Rongu_vallavalitsus, lk 8
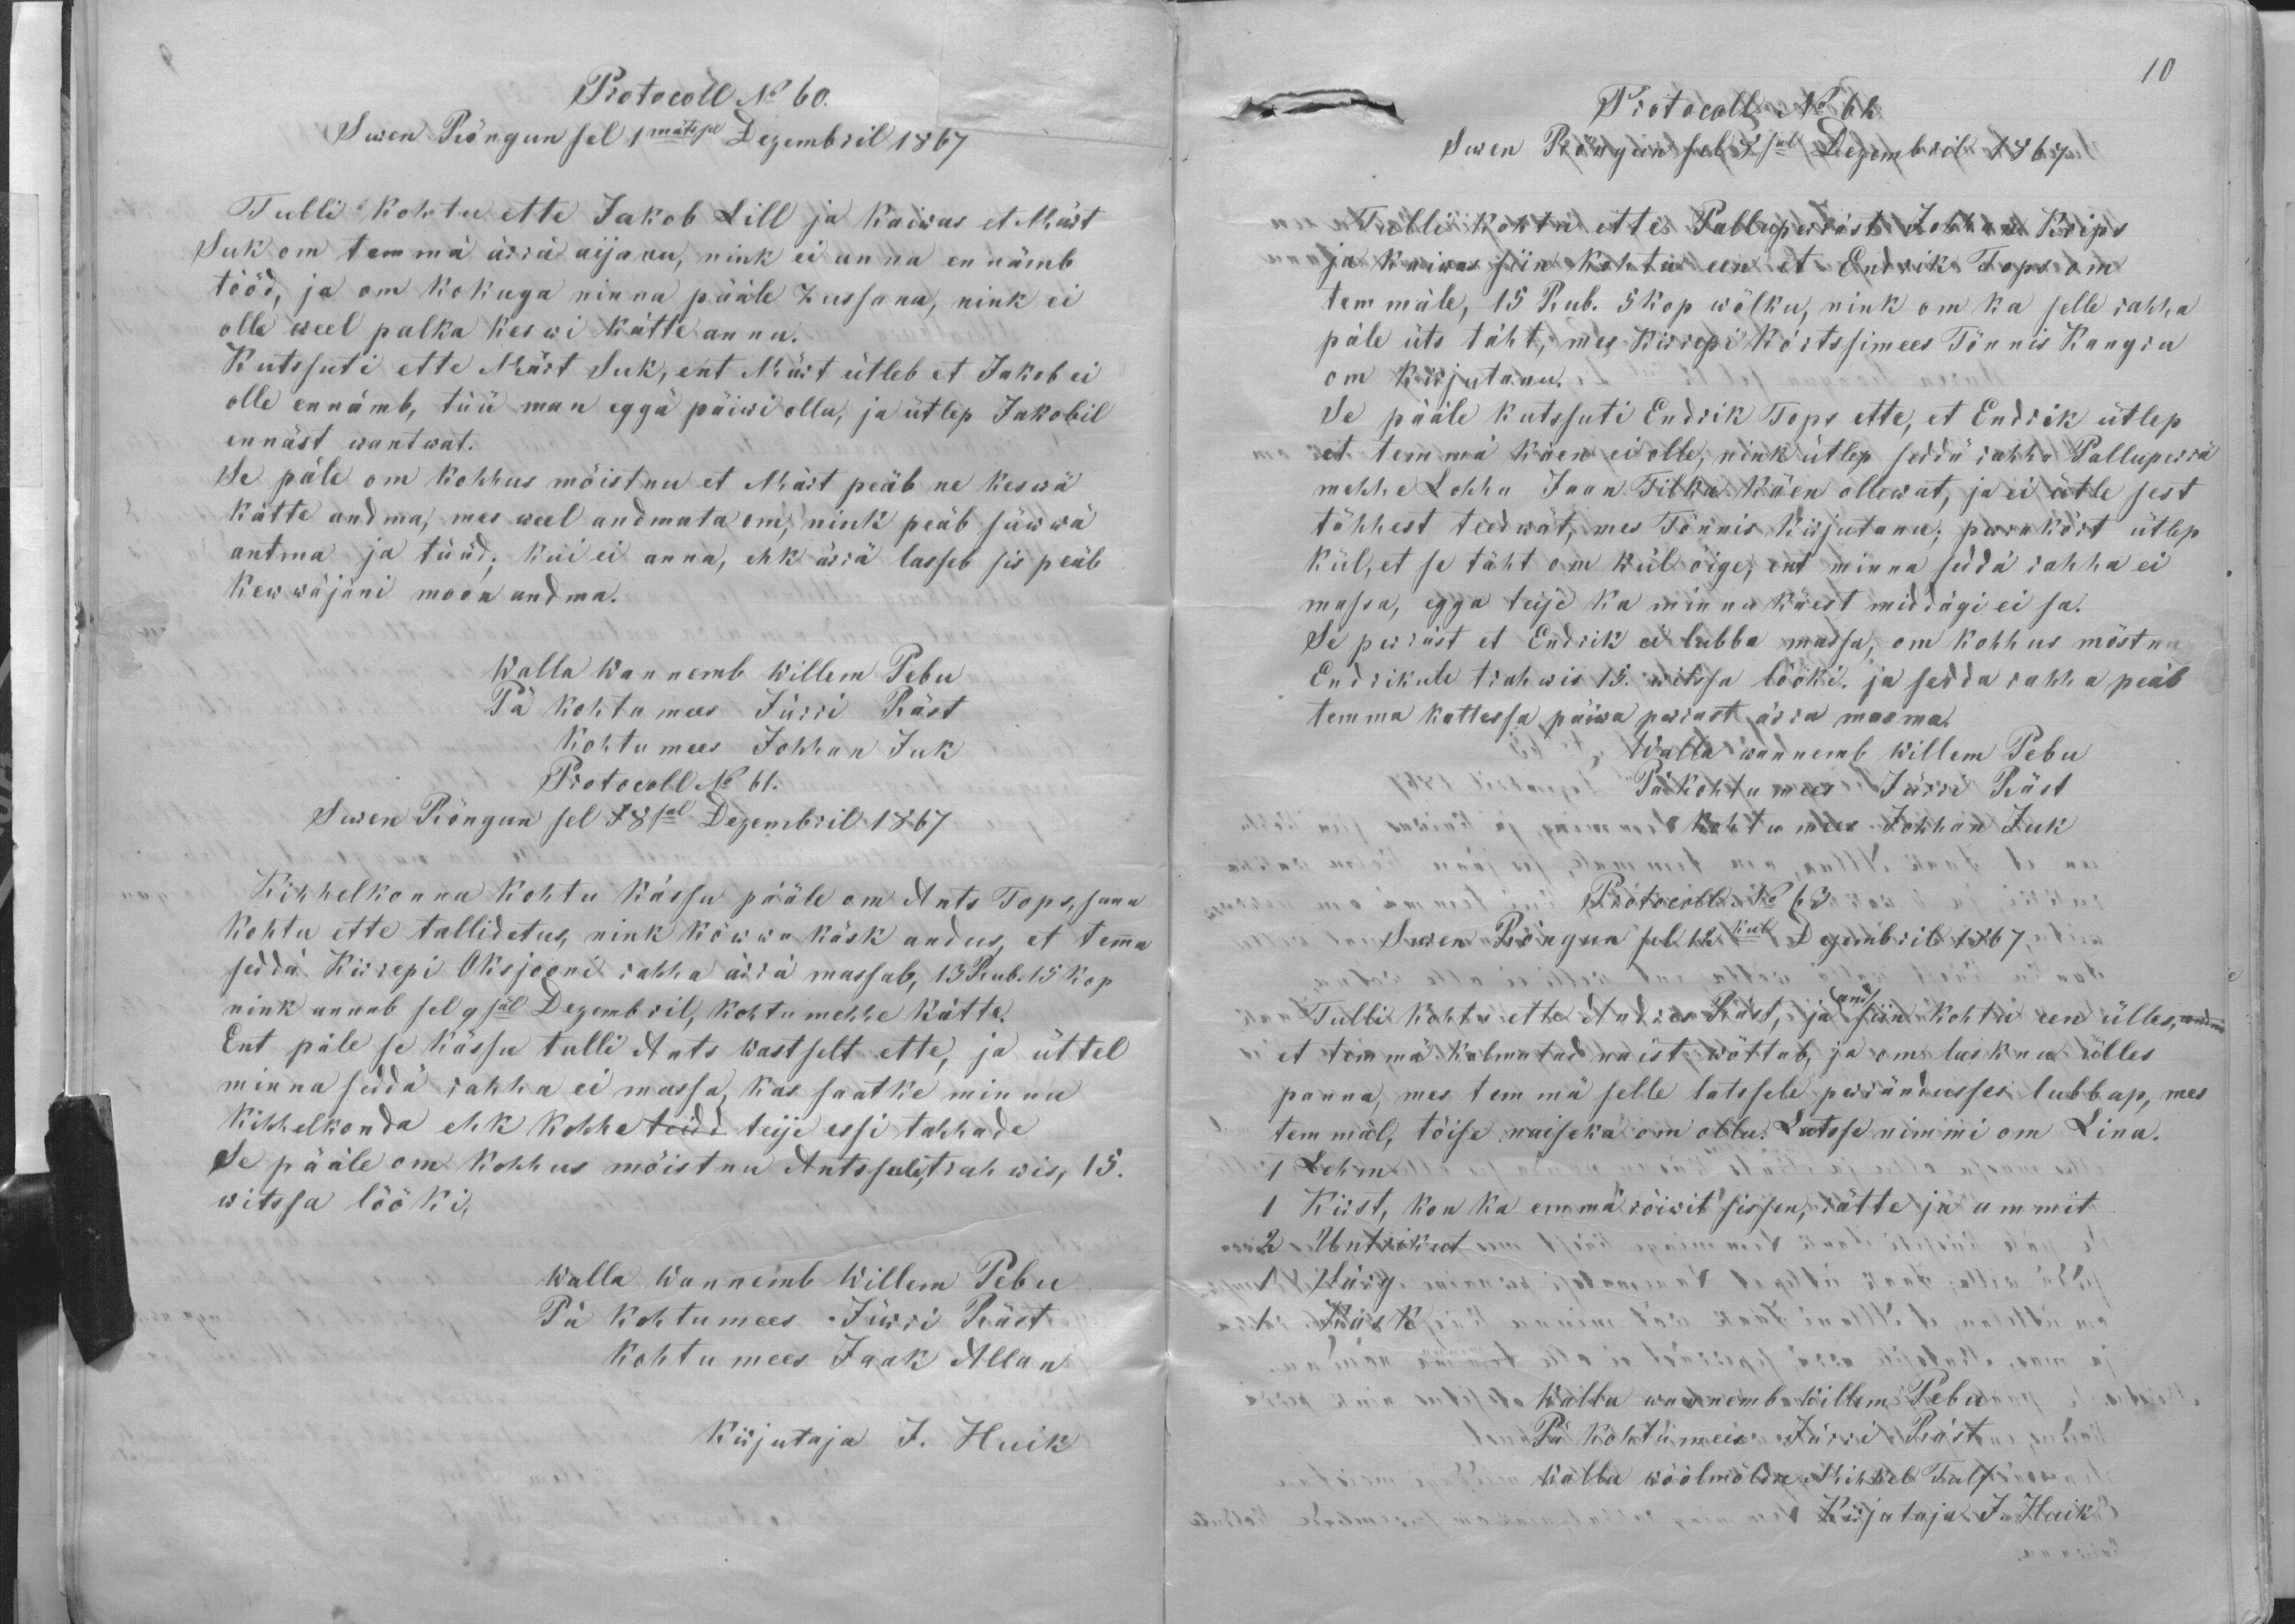
Protocoll N 60.
Suren Rõngun sel 1 mätrsel Dezembril 1867
Tulli kohtu ette Jakob Lill ja kaiwas et Märt
Suk om temmä ärrä aijanu, nink ei anna ennämb
tööd, ja om kokuga ninna pääle zussanu, nink ei
olle weel palka keswi kätte annu.
Kutssuti ette Märt Suk, ent Märt ütleb et Jakob ei
olle ennämb, tüü man egga päiwi ollu, ja ütlep Jakobil
ennäst wantwat.
Se päle om kohhus mõistnu et Märt peäb ne keswä
kätte andma, mes weel andmata om, nink peäb süwwä
antma ja tüüd; kui ei anna, ehk ärrä lasseb sis peäb
kewwäjäni moon andma.
Walla Wannemb Willem Pebu
Pä kohtumees Jürri Räst
Kohtumees Johann Juk
Protokoll No 61.
Suren Rõngun sel 18sal Dezembril 1867
Kihhelkonna kohtu kässu pääle om Ants Tops, sanu
Kohtu ette tallidatus, nink kõwwa käsk andus, et temma
seddä Kirrepi Oksjooni rahha ärrä massab, 13 Rub. 15 kop.
nink annab sel 9säl Dezembril, kohtu mehhe kätte.
Ent päle se kässu tulli Ants Wastselt ette, ja üttel
minna seddä rahha ei massa, kas saatke minnu
kihhelkonda ehk kohhe teidd teije essi tahhade
Se pääle om kohhus mõistnu Antssule,trahwis, 15.
witssa lööki,
Walla Wannemb Willem Pebu
Pä kohtumees Jürri Räst
Kohtu mees Jaak Allan
Kirjutaja J. Huik

10
Protocoll No 62
Suren Rõngun sel 8sel Dezembril 1867
Tulli kohtu ette Palluperräst Johhan Krips
ja kaiwas siin kohtu een et Endrik Tops om
temmäle, 15 Rub. 5 kop. wõlku, nink om ka selle rahha
päle üts täht, mes Kirrepi kõrtsimees Tõnnis Kangru
om kirjutanu.
Se pääle kutssuti Endrik Tops ette, et Endrik ütlep
et temmä käen ei olle, nink ütlep seddä rahha Palluperrä
mehhe Lohhu Jaan Tilka käen ollewat, ja ei ütle sest
tähhest teedwät, mes Tõnnis kirjutanu; perra kõrt ütlep
kül, et se täht om kül õige, ent minna seddä rahha ei
massa, egga teije ka minnu käest middägi ei sa.
Se perräst et Endrik ei lubba massa, om kohhus mõstnu
Endrikule trahwis 15. witssa lööki, ja sedda rahha peäb
temma kattessa päiwa perrast ärra masma.
Walla wannemb Willem Pebu
Pä kohtumees Jürri Räst
Kohtumees Johhan Juk
Protocoll No 63.
Suren Rõngun sel 12kul Dezembril 1867
Tulli kohtu ette Andres Räst, ja and siin kohtu een ülles, andis
et temmä kolmatad naist wõttab, ja om lasknu ülles
panna, mes temmä selle latssele perrändusses lubbap, mes
temmäl, tõise naiseka om ollu. Latsse nimmi om Lina.
1 Lehm
1 Kirst, kon ka emmä rõiwit sissen, rätte ja ammit
2 Untrikut
1 Särg
1 Kask
Walla wannemb Willem Pebu
Pä kohtumees Jürri Räst
Walla wöölmöldre Mihkel Tulf
Kirjutaja J. Huik